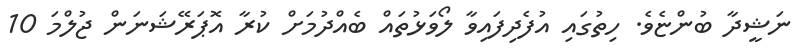
ނަޝީދާ ބުންޏެވެ. ހިތުގައި އުފެދިފައިވާ ލޯވަޅުތައް ބެއްދުމަށް ކުރާ އޮޕަރޭޝަނަން ޖުލްމަ 10